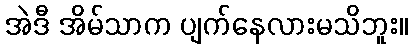
အဲဒီ အိမ်သာက ပျက်နေလားမသိဘူး။